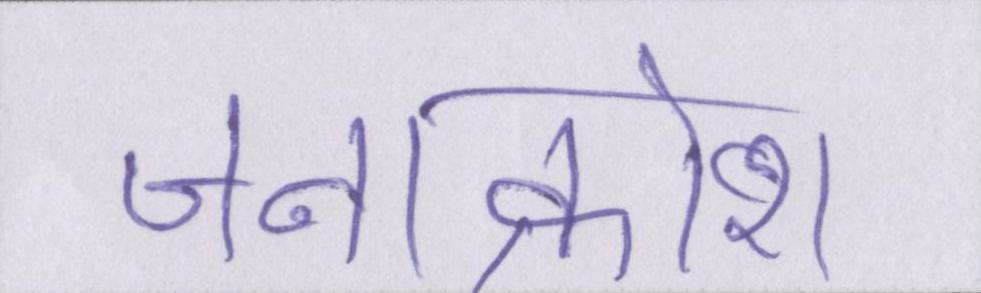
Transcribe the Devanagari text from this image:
जनाक्रोश